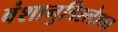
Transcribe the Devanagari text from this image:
वंशानुविश्लेशन